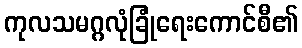
ကုလသမဂ္ဂလုံခြုံရေးကောင်စီ၏